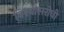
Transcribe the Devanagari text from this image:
विश्‍वासरोधी